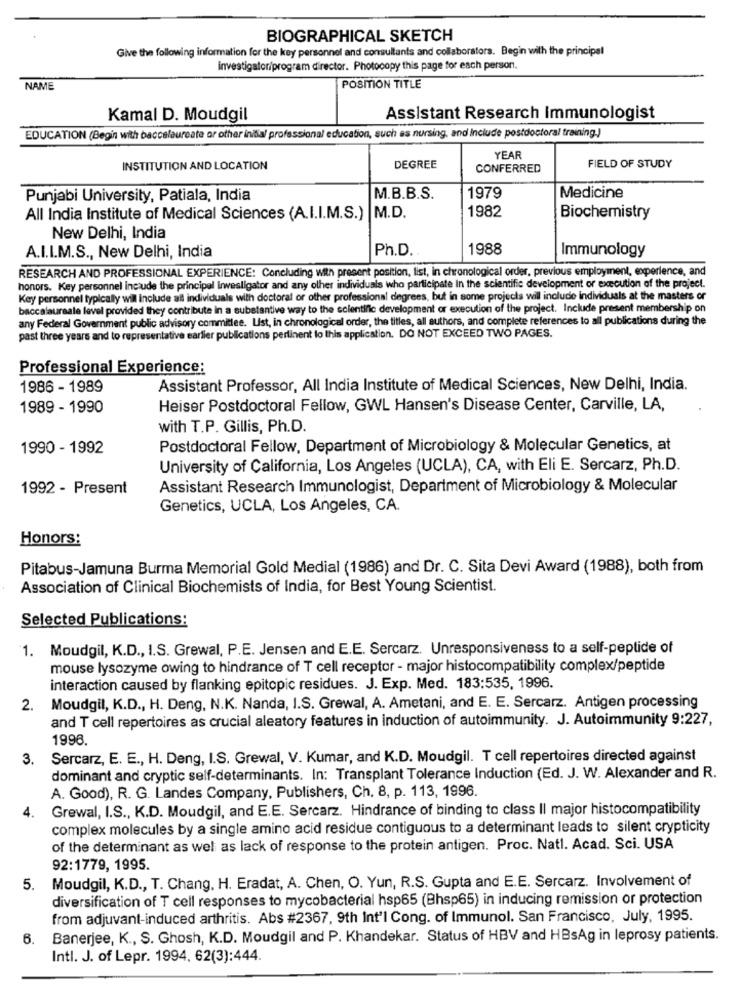
BIOGRAPHICAL SKETCH
Give the following information for the key personnel and consultants and collaborators. Begin with the principal
investigator/program director. Photocopy this page for each person.
NAME
POSITION TITLE
Kamal D. Moudgil
Assistant Research Immunologist
EDUCATION (Begin with baccalaureate or other initial professional education, such as nursing, and Include postdoctoral training.)
YEAR
INSTITUTION AND LOCATION
DEGREE
CONFERRED
FIELD OF STUDY
Punjabi University, Patiala, India
M.B.B.S.
1979
Medicine
All India Institute of Medical Sciences (A.I.I.M.S.) |M.D.
1982
Biochemistry
New Delhi, India
Ph.D.
1988
Immunology
A.I.I.M.S ., New Delhi, India
RESEARCH AND PROFESSIONAL EXPERIENCE: Concluding with present position, list, in chronological order, previous employment, experience, and
honors. Key personnel include the principal Investigator and any other individuals who participate In the scientific development or execution of the project.
Key personnel typically will include all individuals with doctoral or other professional degrees, but in some projects will include individuals at the masters or
baccalaureate level provided they contribute in a substantive way to the scientific development or execution of the project. Include present membership on
any Federal Government public advisory committee. List, in chronological order, the titles, all authors, and complete references to all publications during the
past three years and to representative earlier publications pertinent lo this application. DO NOT EXCEED TWO PAGES.
Professional Experience:
1986 - 1989
Assistant Professor, All India Institute of Medical Sciences, New Delhi, India.
1989 - 1990
Heiser Postdoctoral Fellow, GWL Hansen's Disease Center, Carville, LA,
with T.P. Gillis, Ph.D.
1990 - 1992
Postdoctoral Fellow, Department of Microbiology & Molecular Genetics, at
University of California, Los Angeles (UCLA), CA, with Eli E. Sercarz, Ph.D.
1992 - Present
Assistant Research Immunologist, Department of Microbiology & Molecular
Genetics, UCLA, Los Angeles, CA.
Honors:
Pitabus-Jamuna Burma Memorial Gold Medial (1986) and Dr. C. Sita Devi Award (1988), both from
Association of Clinical Biochemists of India, for Best Young Scientist.
Selected Publications:
1. Moudgil, K.D ., I.S. Grewal, P.E. Jensen and E.E. Sercarz. Unresponsiveness to a self-peptide of
mouse lysozyme owing to hindrance of T cell receptor - major histocompatibility complex/peptide
interaction caused by flanking epitopic residues. J. Exp. Med. 183:535, 1996.
2.
Moudgil, K.D ., H. Deng, N.K. Nanda, I.S. Grewal, A. Ametani, and E. E. Sercarz. Antigen processing
and T cell repertoires as crucial aleatory features in induction of autoimmunity. J. Autoimmunity 9:227,
1996
3.
Sercarz, E. E ., H. Deng, I.S. Grewal, V. Kumar, and K.D. Moudgil. T cell repertoires directed against
dominant and cryptic self-determinants. In: Transplant Tolerance Induction (Ed. J. W. Alexander and R.
A. Good), R. G. Landes Company, Publishers, Ch. 8, p. 113, 1996.
Grewal, I.S ., K.D. Moudgil, and E.E. Sercarz. Hindrance of binding to class Il major histocompatibility
4.
complex molecules by a single amino acid residue contiguous to a determinant leads to silent crypticity
of the determinant as wel as lack of response to the protein antigen. Proc. Natl. Acad. Sci. USA
92:1779, 1995.
5. Moudgil, K.D ., T. Chang, H. Eradat, A. Chen, O. Yun, R.S. Gupta and E.E. Sercarz. Involvement of
diversification of T cell responses to mycobacterial hsp65 (Bhsp65) in inducing remission or protection
from adjuvant-induced arthritis. Abs #2367, 9th Int'l Cong. of Immunol. San Francisco, July, 1995.
6.
Banerjee, K ., S. Ghosh, K.D. Moudgil and P. Khandekar. Status of HBV and HBsAg in leprosy patients.
Intl. J. of Lepr. 1994, 62(3):444.